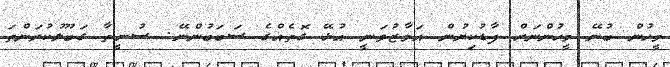
މީހުން ބުނޭ މީހުންނަށް ފާޑުކިޔުން އަމާޒުވަނީ އުޅޭ ގޮތެއްގެ ސަބަބުންނޭ. ސުނީތާ ގަބޫލުކުރަންތަ